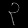
Digit: ၃